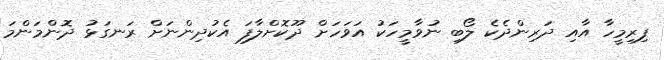
ފިރިމީހާ އާއި ދަރިންދެކެ ލޯބި ނުވާމީހަކު އަވަހަށް ދޫކޮށްލާފަ އެކުދިންނަށް ރަނގަޅު ދޮންމަންމަ